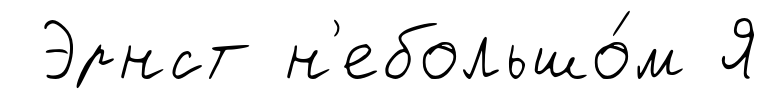
Эрнст н'ебольшо́м Я